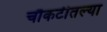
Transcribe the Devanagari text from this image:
चौकटीतल्या